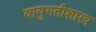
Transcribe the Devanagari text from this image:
वायुगतीशास्त्र